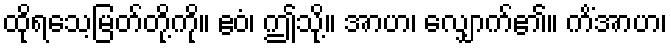
ထိုရသေ့မြတ်တို့ကို။ ဧဝံ၊ ဤသို့။ အာဟ၊ လျှောက်၏။ ကိံအာဟ၊